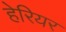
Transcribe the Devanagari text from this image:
हेरियर